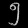
Digit: ၅